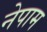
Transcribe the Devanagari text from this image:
नेपाम